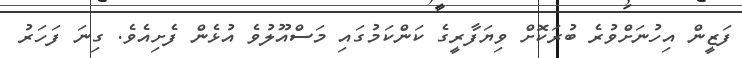
ފަޒީން އިހުނަށްވުރެ ބުރަކޮށް ވިޔަފާރީގެ ކަންކަމުގައި މަސްއޫލުވެ އުޅެން ފެށިއެވެ. ގިނަ ފަހަރު